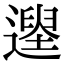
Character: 𨗭